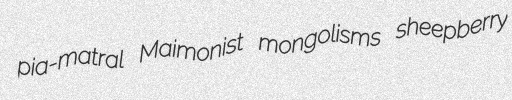
pia-matral Maimonist mongolisms sheepberry